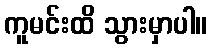
ကူမင်းထိ သွားမှာပါ။